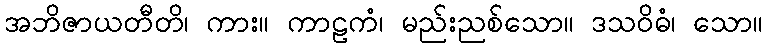
အဘိဇာယတီတိ၊ ကား။ ကာဠကံ၊ မည်းညစ်သော။ ဒသဝိဓံ၊ သော။